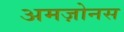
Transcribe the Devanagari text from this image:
अमज़ोनस